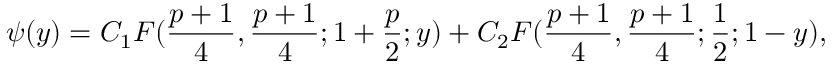
\psi ( y ) = C _ { 1 } F ( { \frac { p + 1 } { 4 } } , { \frac { p + 1 } { 4 } } ; 1 + { \frac { p } { 2 } } ; y ) + C _ { 2 } F ( { \frac { p + 1 } { 4 } } , { \frac { p + 1 } { 4 } } ; { \frac { 1 } { 2 } } ; 1 - y ) ,